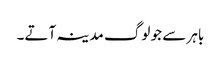
باہر سے جو لوگ مدینہ آتے۔